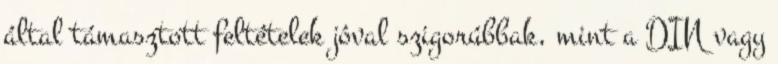
által támasztott feltételek jóval szigorúbbak, mint a DIN vagy